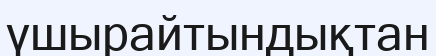
үшырайтындықтан